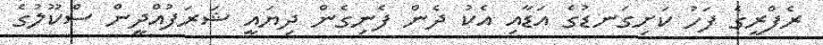
ރެފްރީގެ ފަހު ކަށިގަނޑުގެ އަޑާއި އެކު ދެން ފެނިގެން ދިޔައީ ޝަރަފުއްދީން ސްކޫލުގެ